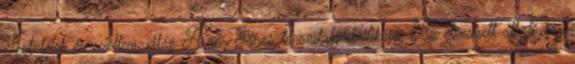
Test-lélek és szellem-világ Arany János társadalomkritikája: Az elveszett alkotmány